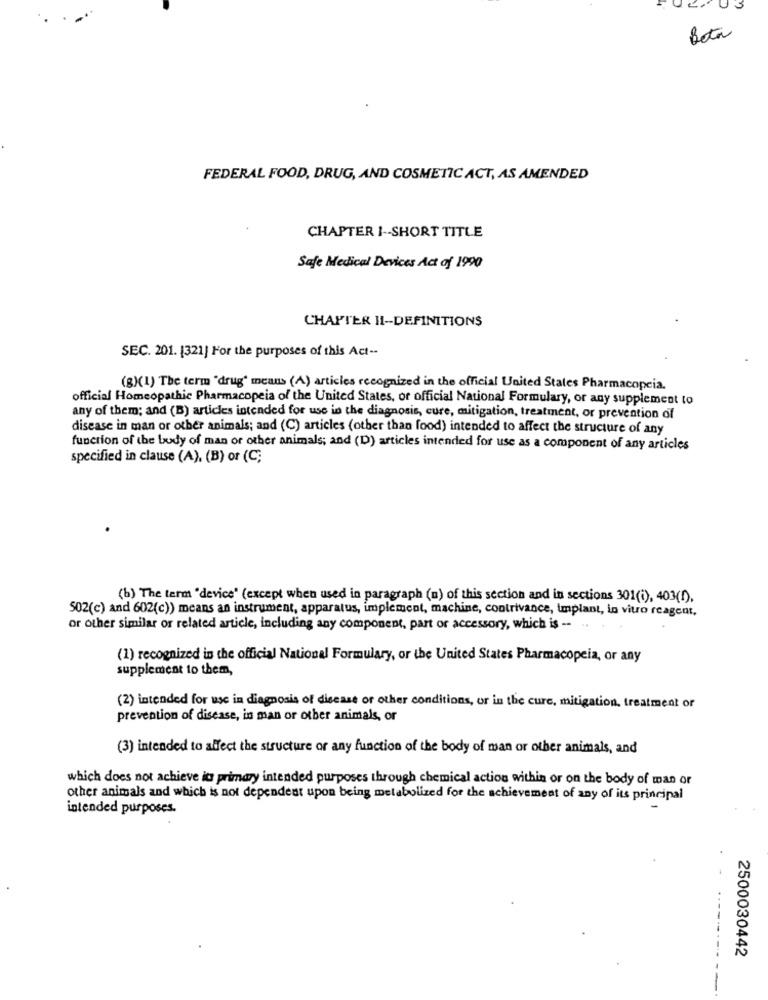
1 3
Beta
FEDERAL FOOD, DRUG, AND COSMETIC ACT, AS AMENDED
CHAPTER I -- SHORT TITLE
Safe Medical Devices Act of 1990
CHAPTER II -- DEFINITIONS
SEC. 201. 1321] For the purposes of this Act --
(B)(1) The term "drug" means (A) articles recognized in the official United States Pharmacopcia.
official Homeopathic Pharmacopeia of the United States, or official National Formulary, or any supplement to
any of them; and (B) articles intended for use in the diagnosis, cure, mitigation, treatment, or prevention of
disease in man or other animals; and (C) articles (other than food) intended to affect the structure of any
function of the body of man or other animals; and (D) articles intended for use as a component of any articles
specified in clause (A), (B) or (C;
(b) The term 'device" (except when used in paragraph (a) of this section and in sections 301(i), 403(),
502(c) and 602(c)) means an instrument, apparatus, implement, machine, contrivance, Implant, in vitro reagent,
or other similar or related article, including any component, part or accessory, which is -. ..
(1) recognized in the official National Formulary, or the United States Pharmacopeia, or any
supplement to them,
(2) intended for use in diagnosis of disease or other conditions, or in the cure, mitigation, treatment or
prevention of disease, in man or other animals, or
(3) intended to affect the structure or any function of the body of man or other animals, and
which does not achieve it primary intended purposes through chemical action within or on the body of man or
other animals and which is not dependent upon being metabolized for the achievement of any of its principal
intended purposes.
2500030442